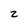
Character: Z